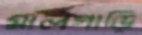
মালগাড়ি